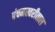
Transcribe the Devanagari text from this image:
पंचमस्वरीताल